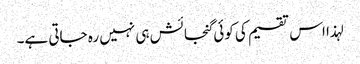
لہذا اس تقسیم کی کوئی گنجائش ہی نہیں رہ جاتی ہے۔